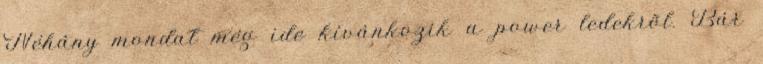
Néhány mondat még ide kívánkozik a power ledekrõl. Bár